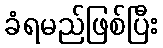
ခံရမည်ဖြစ်ပြီး